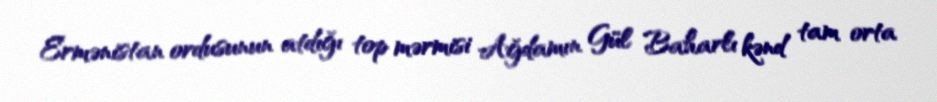
Ermənistan ordusunun atdığı top mərmisi Ağdamın Gül Baharlı kənd tam orta